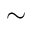
\scriptstyle \mathtt { \sim }